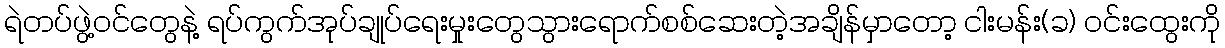
ရဲတပ်ဖွဲ့ဝင်တွေနဲ့ ရပ်ကွက်အုပ်ချုပ်ရေးမှုးတွေသွားရောက်စစ်ဆေးတဲ့အချိန်မှာတော့ ငါးမန်း(ခ) ဝင်းထွေးကို